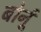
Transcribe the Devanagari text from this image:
बोर्नू